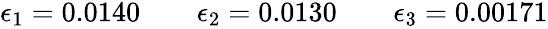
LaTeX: \begin{array}{r}{\epsilon_{1}=0.0140\qquad\epsilon_{2}=0.0130\qquad\epsilon_{3}=0.00171}\end{array}